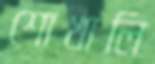
শোখালি